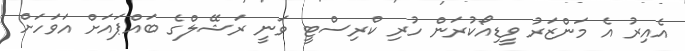
އެއިރު އެ މަންޒަރު ވީޑިއޯކުރަން ހުރި ކްރިސްޓީ ވަނީ ރަޝޭލްގެ ބައްޕައަށް އަވަހަށް